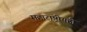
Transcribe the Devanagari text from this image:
महाराष्ट्रीयही